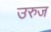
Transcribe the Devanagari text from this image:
उरुज